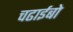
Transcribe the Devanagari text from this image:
चढाईबो